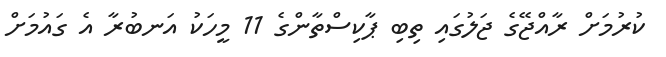
ކުރުމަށް ރާއްޖޭގެ ޖަލުގައި ތިބި ޕާކިސްތާންގެ 11 މީހަކު އަނބުރާ އެ ގައުމަށް